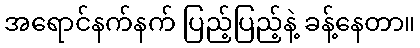
အရောင်နက်နက် ပြည့်ပြည့်နဲ့ ခန့်နေတာ။